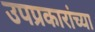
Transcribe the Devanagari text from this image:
उपप्रकारांच्या